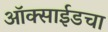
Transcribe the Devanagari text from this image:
ऑक्साईडचा